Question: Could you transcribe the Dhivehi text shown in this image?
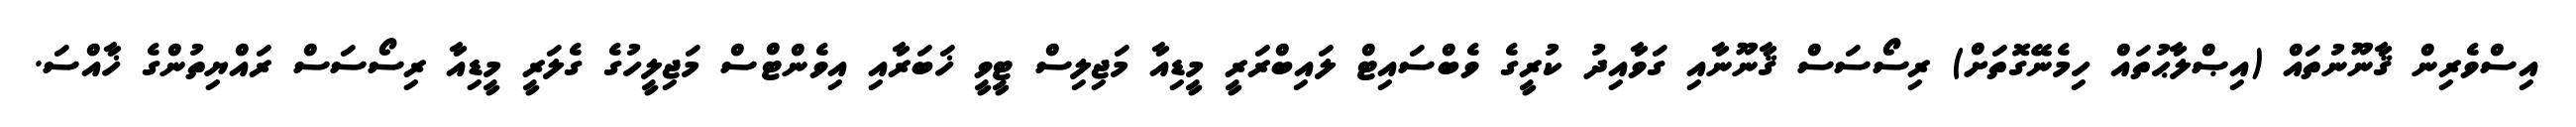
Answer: އިސްވެރިން ޤާނޫނުތައް (އިޞްލާޙުތައް ހިމެނޭގޮތަށް) ރިސޯސަސް ޤާނޫނާއި ގަވާއިދު ކުރީގެ ވެބްސައިޓް ލައިބްރަރީ މީޑިއާ މަޖިލިސް ޓީވީ ޚަބަރާއި އިވެންޓްސް މަޖިލީހުގެ ގެލަރީ މީޑިއާ ރިސޯސަސް ރައްޔިތުންގެ ޚާއްސަ.